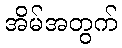
အိမ်အတွက်